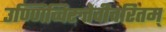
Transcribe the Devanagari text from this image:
उण्णिच्चिरुतेवीचरितम्